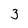
Character: 3